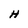
Character: H